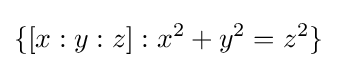
\{[x:y:z]:x^{2}+y^{2}=z^{2}\}